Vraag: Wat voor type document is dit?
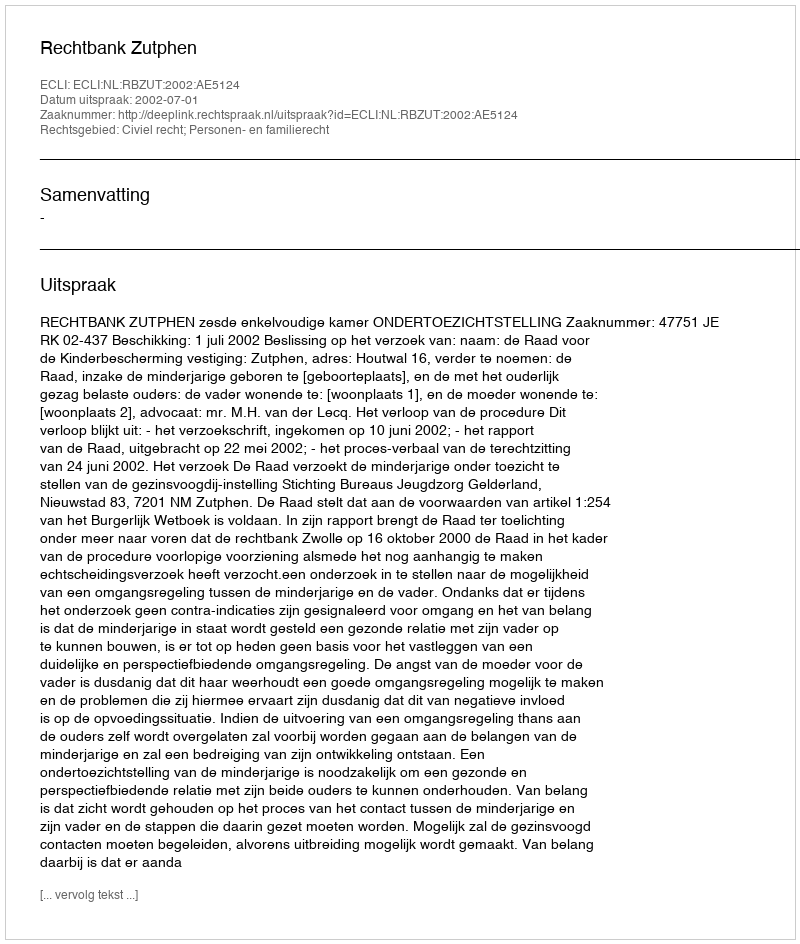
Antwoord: Uitspraak